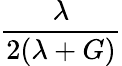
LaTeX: \frac{\lambda}{2(\lambda+G)}